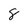
Character: 8